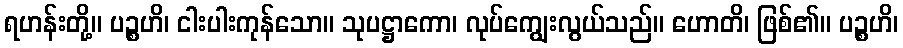
ရဟန်းတို့။ ပဉ္စဟိ၊ ငါးပါးကုန်သော။ သုပဋ္ဌာကော၊ လုပ်ကျွေးလွယ်သည်။ ဟောတိ၊ ဖြစ်၏။ ပဉ္စဟိ၊